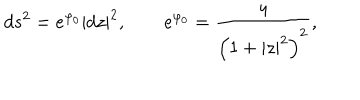
LaTeX: d s ^ { 2 } = e ^ { \varphi _ { 0 } } | d z | ^ { 2 } , \qquad e ^ { \varphi _ { 0 } } = { \frac { 4 } { \left( 1 + | z | ^ { 2 } \right) ^ { 2 } } } ,